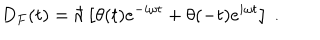
D _ { F } ( t ) = \hbar \left[ \theta ( t ) e ^ { - i \omega t } + \theta ( - t ) e ^ { i \omega t } \right] \ .